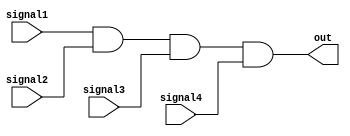
module four_input_and_gate (
    input signal1,
    input signal2,
    input signal3,
    input signal4,
    output out
);

assign out = signal1 & signal2 & signal3 & signal4;

endmodule